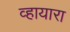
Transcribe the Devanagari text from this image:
व्हायारा